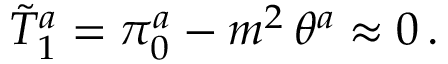
\tilde { T } _ { 1 } ^ { a } = \pi _ { 0 } ^ { a } - m ^ { 2 } \, \theta ^ { a } \approx 0 \, .